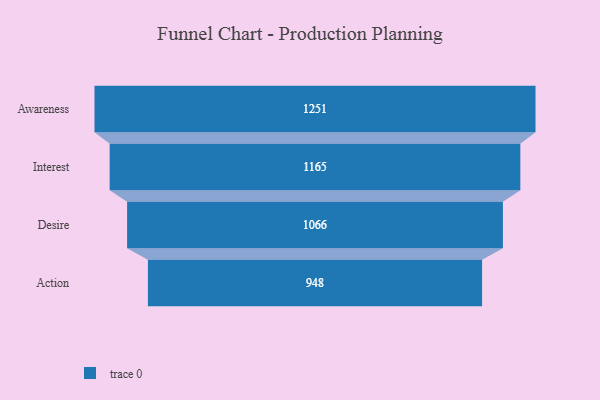
{"axis": {"x": "Stage", "y": "Value"}, "legend": [""], "data": [{"x": "Awareness", "y": 1251.0, "type": ""}, {"x": "Interest", "y": 1165.0, "type": ""}, {"x": "Desire", "y": 1066.0, "type": ""}, {"x": "Action", "y": 948.0, "type": ""}]}